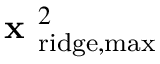
\textbf { x } _ { \mathrm { r i d g e , m a x } } ^ { 2 }